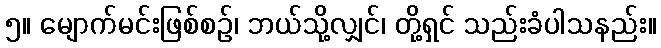
၅။ မျောက်မင်းဖြစ်စဉ်၊ ဘယ်သို့လျှင်၊ တို့ရှင် သည်းခံပါသနည်း။